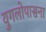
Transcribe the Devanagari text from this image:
युगलोपासना